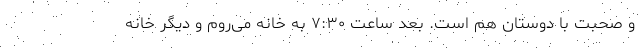
و صحبت با دوستان هم است. بعد ساعت ۷:۳۰ به خانه می‌روم و دیگر خانه